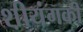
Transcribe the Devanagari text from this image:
श़ीयंगकी